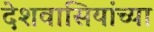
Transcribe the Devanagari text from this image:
देशवासियांच्या